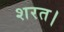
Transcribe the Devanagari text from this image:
शरत।